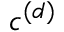
c ^ { ( d ) }